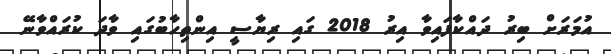
އުމަރަށް ބިރު ދައްކާފައިވާ އިރު 2018 ގައި ރިޔާސީ އިންތިހާބުގައި ވާދަ ކުރައްވާނޭ